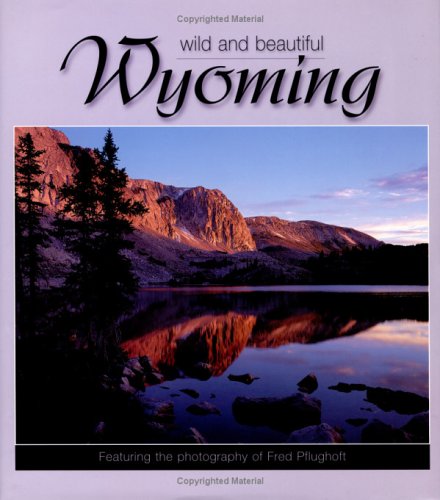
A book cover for Wyoming Wild and Beautiful; Fred Pflughoft; Travel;